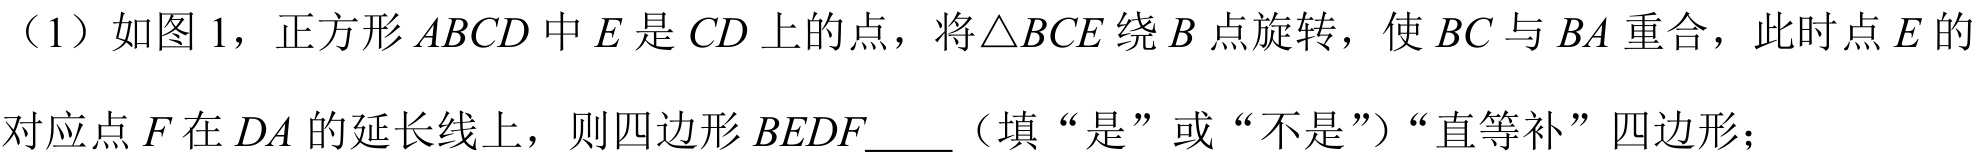
（1）如图 1，正方形$ABCD$中$E$是$CD$上的点，将$\triangle BCE$绕$B$点旋转，使$BC$与$BA$重合，此时点$E$的对应点$F$在$DA$的延长线上，则四边形$BEDF\_\_\_\_$（填“是”或“不是”）“直等补”四边形；